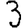
Digit: 3